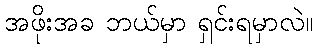
အဖိုးအခ ဘယ်မှာ ရှင်းရမှာလဲ။